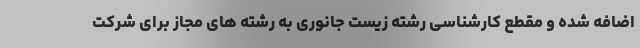
اضافه شده و مقطع کارشناسی رشته زیست جانوری به رشته ھای مجاز برای شرکت